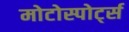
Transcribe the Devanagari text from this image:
मोटोस्पोर्ट्स